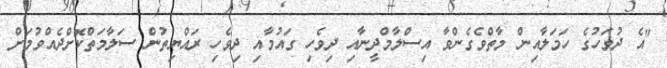
"އެ ދުވަހުގެ ހަމަލާއިން މާތްވެގެންވާ އިސްލާމްދީނާއި ދިވެހި ގައުމާއި ދިވެހި ރައްޔިތުން ސަލާމަތްކޮށްދެއްވުމަށް